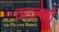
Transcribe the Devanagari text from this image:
वसलले